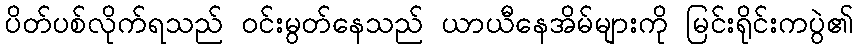
ပိတ်ပစ်လိုက်ရသည် ဝင်းမွတ်နေသည် ယာယီနေအိမ်များကို မြင်းရိုင်းကပွဲ၏